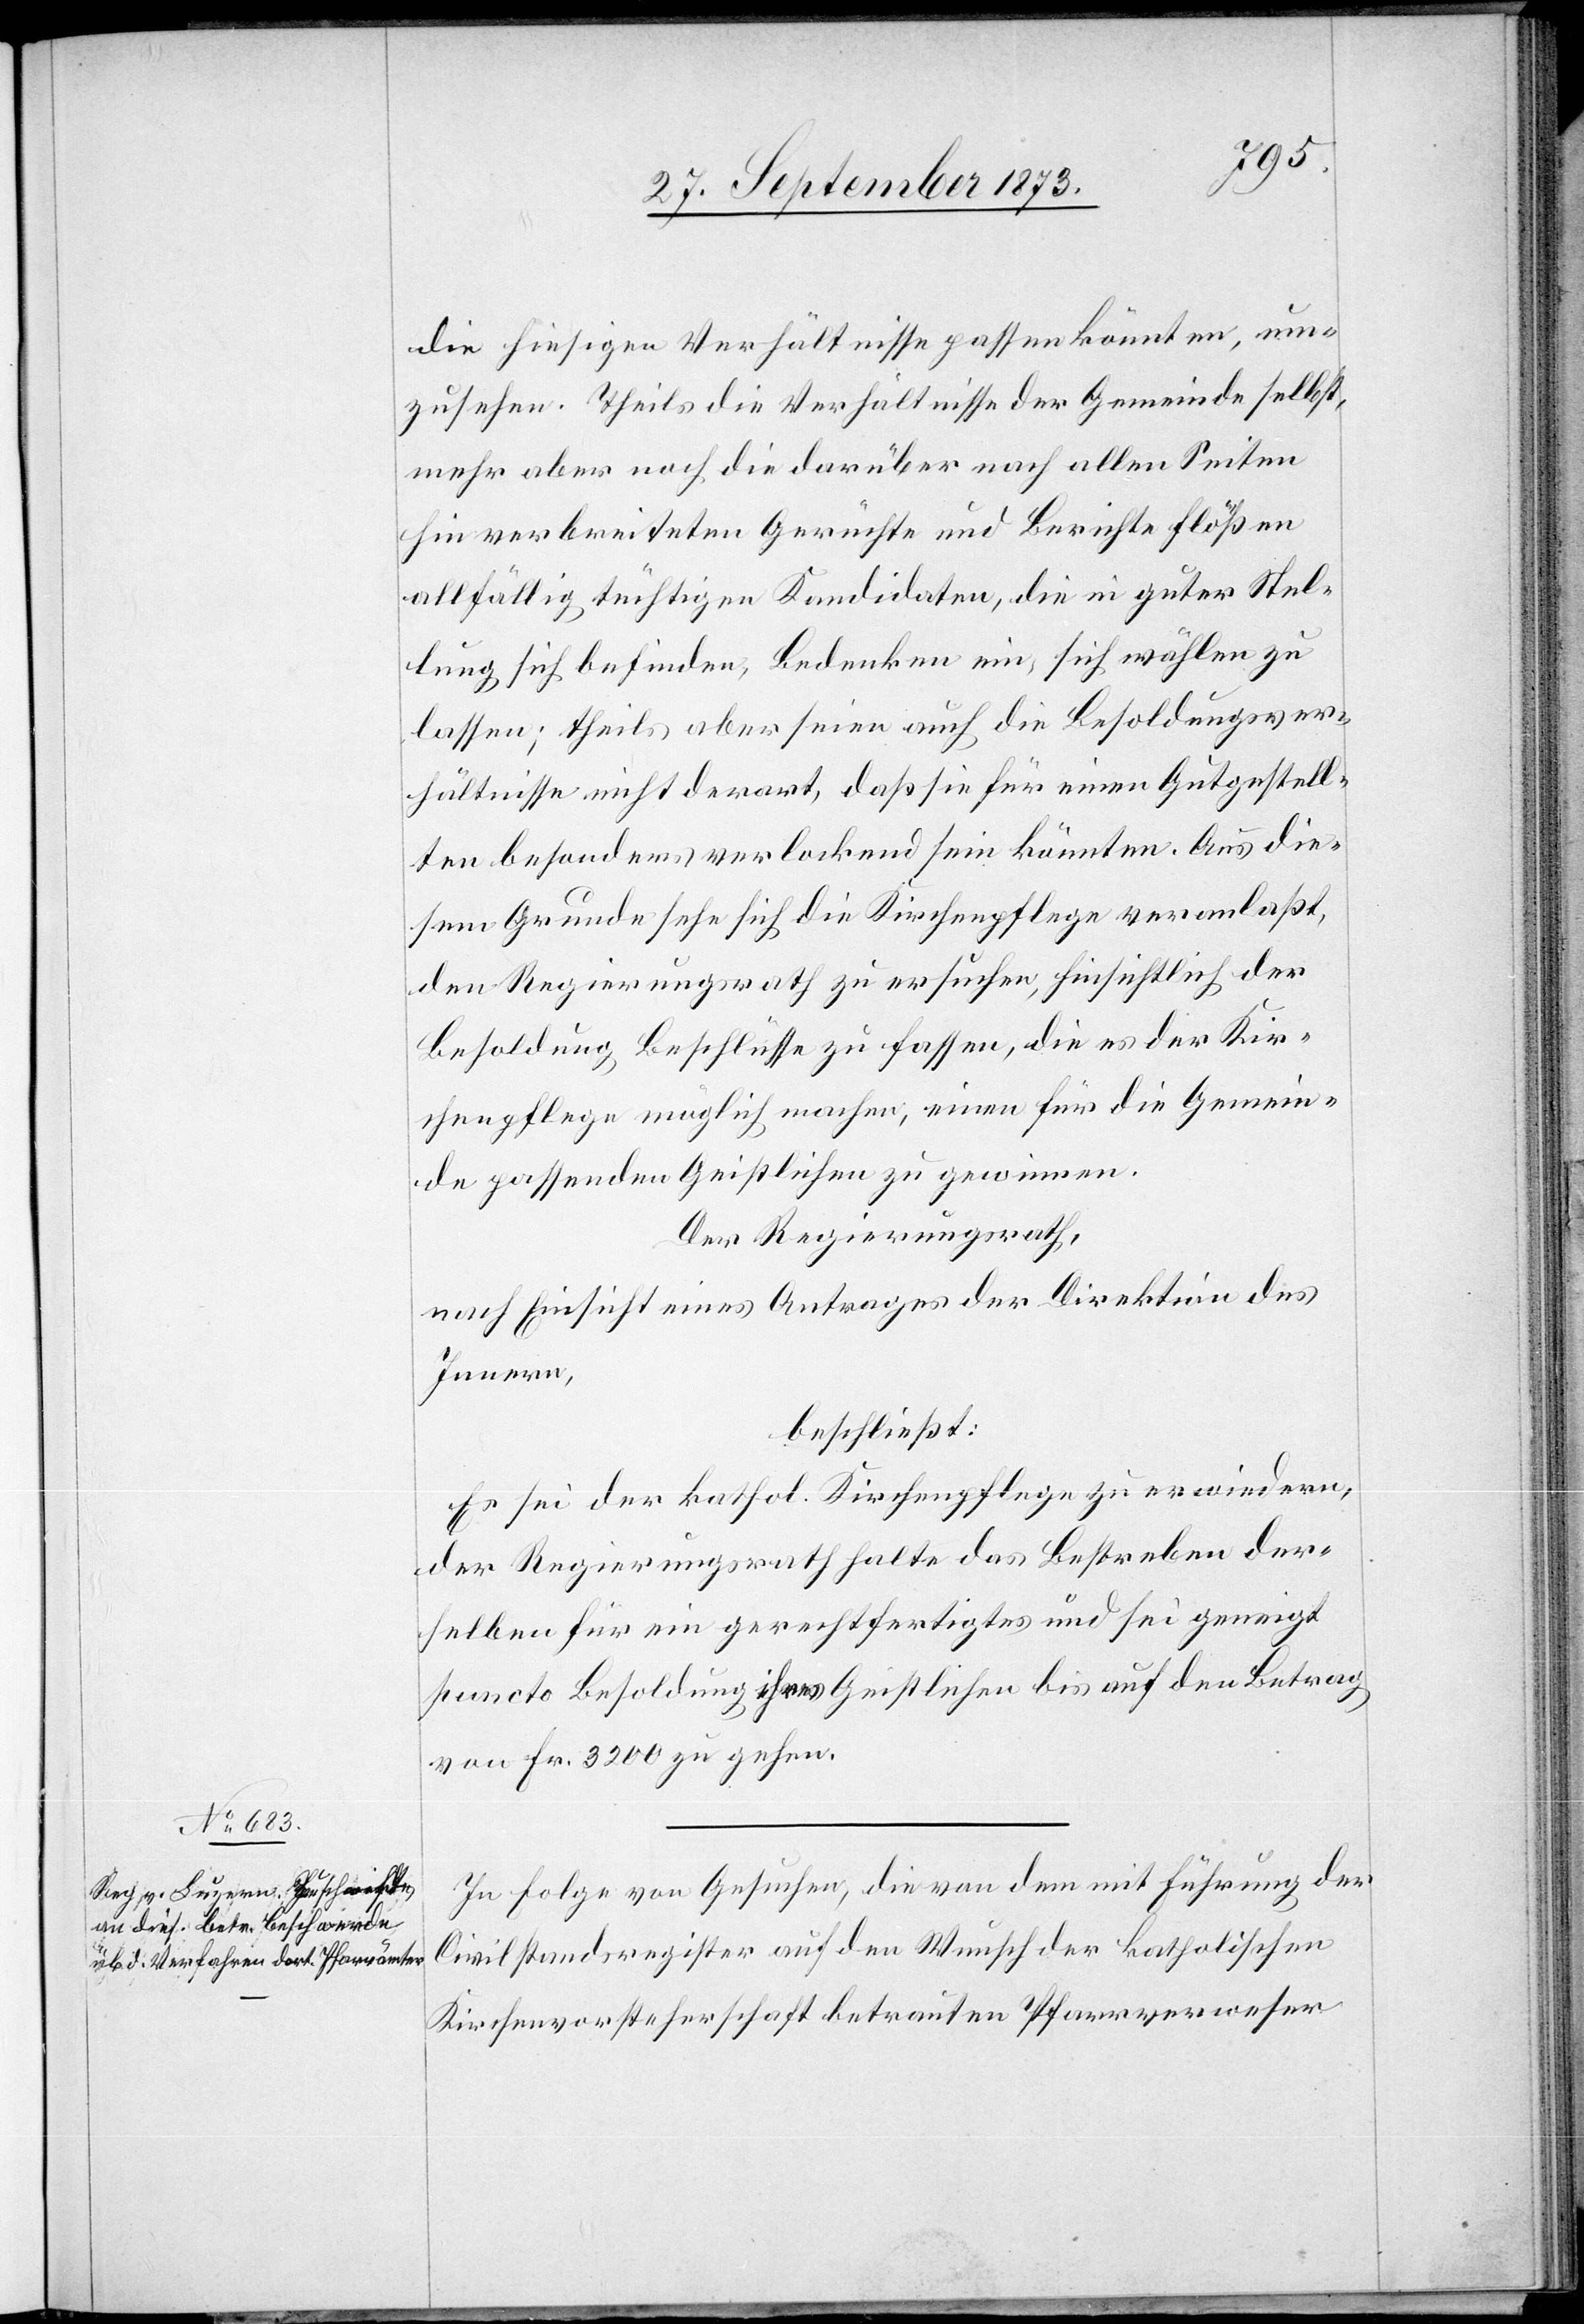
die hiesigen Verhältnisse passen könnten, um¬
zusehen. Theils die Verhältnisse der Gemeinde selbst,
mehr aber noch die darüber nach allen Seiten
hin verbreiteten Gerüchte und Berichte flößen
allfällig tüchtigen Kandidaten, die in guter Stel¬
lung sich befinden, Bedenken ein, sich wählen zu
lassen; theils aber seien auch die Besoldungsver¬
hältnisse nicht derart, daß sie für einen Gutgestell¬
ten besonders verlockend sein könnten. Aus die¬
sem Grunde sehe sich die Kirchenpflege veranlaßt,
den Regierungsrath zu ersuchen, hinsichtlich der
Besoldung Beschlüsse zu fassen, die es der Kir¬
chenpflege möglich machen, einen für die Gemein¬
de passenden Geistlichen zu gewinnen.
Der Regierungsrath,
nach Einsicht eines Antrages der Direktion des
Innern,
beschließt:
Es sei der kathol. Kirchenpflege zu erwiedern,
der Regierungsrath halte das Bestreben der¬
selben für ein gerechtfertigtes und sei geneigt
puncto Besoldung ihres Geistlichen bis auf den Betrag
von Fr. 3 200 zu gehen.
In Folge von Gesuchen, die von dem mit Führung der
Civilstandsregister auf den Wunsch der katholischen
Kirchenvorsteherschaft betrauten Pfarrverweser